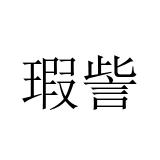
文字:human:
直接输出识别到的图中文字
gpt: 瑕訾